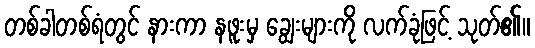
တစ်ခါတစ်ရံတွင် နားကာ နဖူးမှ ချွေးများကို လက်ခုံဖြင့် သုတ်၏။